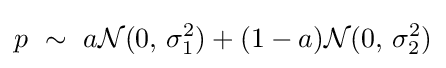
p\ \sim \ a{\mathcal {N}}(0,\,\sigma _{1}^{2})+(1-a){\mathcal {N}}(0,\,\sigma _{2}^{2})